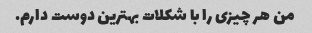
من هر چیزی را با شکلات بهترین دوست دارم.